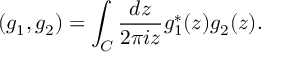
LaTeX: ( g _ { 1 } , g _ { 2 } ) = \int _ { \cal C } \frac { d z } { 2 \pi i z } g _ { 1 } ^ { * } ( z ) g _ { 2 } ( z ) .